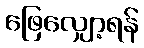
ဖြေလျှော့ရန်